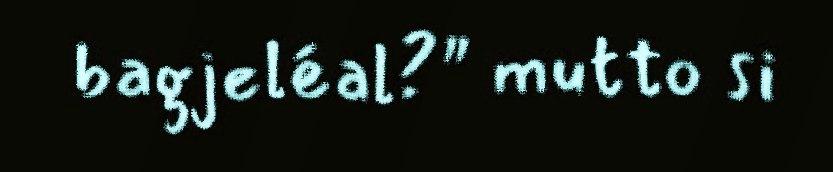
bagjeléal?" mutto si